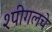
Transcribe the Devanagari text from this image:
श्पीगलचे